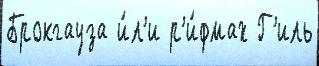
Брокгауза и́л'и р'и́фмах Г'иль